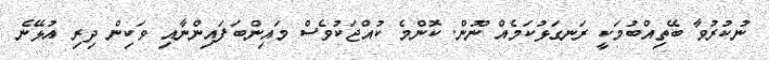
ނުކުރުވާ ބޭތިއްބުމަކީ ރަނގަޅުކަމެއް ނޫން. ކޮންމެ ކުއްޖަކުވެސް މައިންބަފައިންނާއި ވަކިން ދިރި އުޅޭނެ